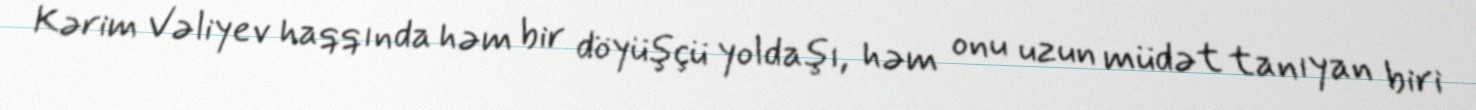
Kərim Vəliyev haqqında həm bir döyüşçü yoldaşı, həm onu uzun müdət tanıyan biri